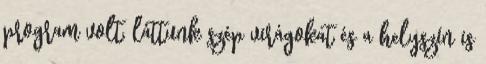
program volt, láttunk szép virágokat és a helyszín is